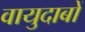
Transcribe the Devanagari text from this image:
वायुदाबों